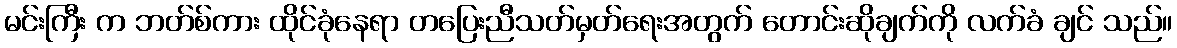
မင်းကြီး က ဘတ်စ်ကား ထိုင်ခုံနေရာ တပြေးညီသတ်မှတ်ရေးအတွက် တောင်းဆိုချက်ကို လက်ခံ ချင် သည်။